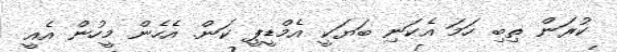
ކުރަން ތިބި ހަމަ އެކަނި ބަޔަކީ އެމްޑީޕީ ކަން. އެހެން މީހުން އެއީ